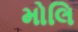
મોલિ